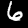
Label: 6